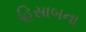
હિસાબના